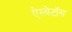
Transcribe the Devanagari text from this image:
ऐस्बेटॉस